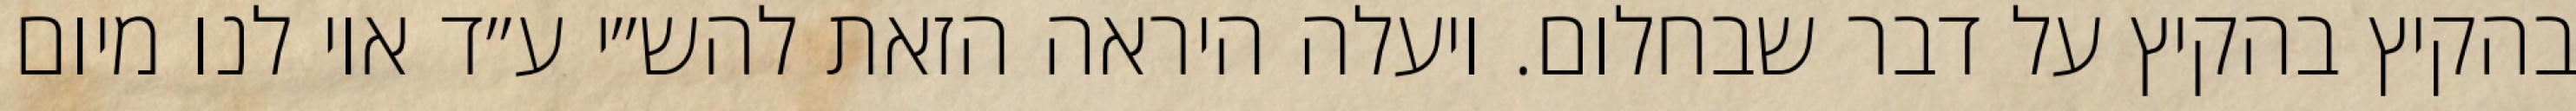
בהקיץ בהקיץ על דבר שבחלום. ויעלה היראה הזאת להש״י ע״ד אוי לנו מיום